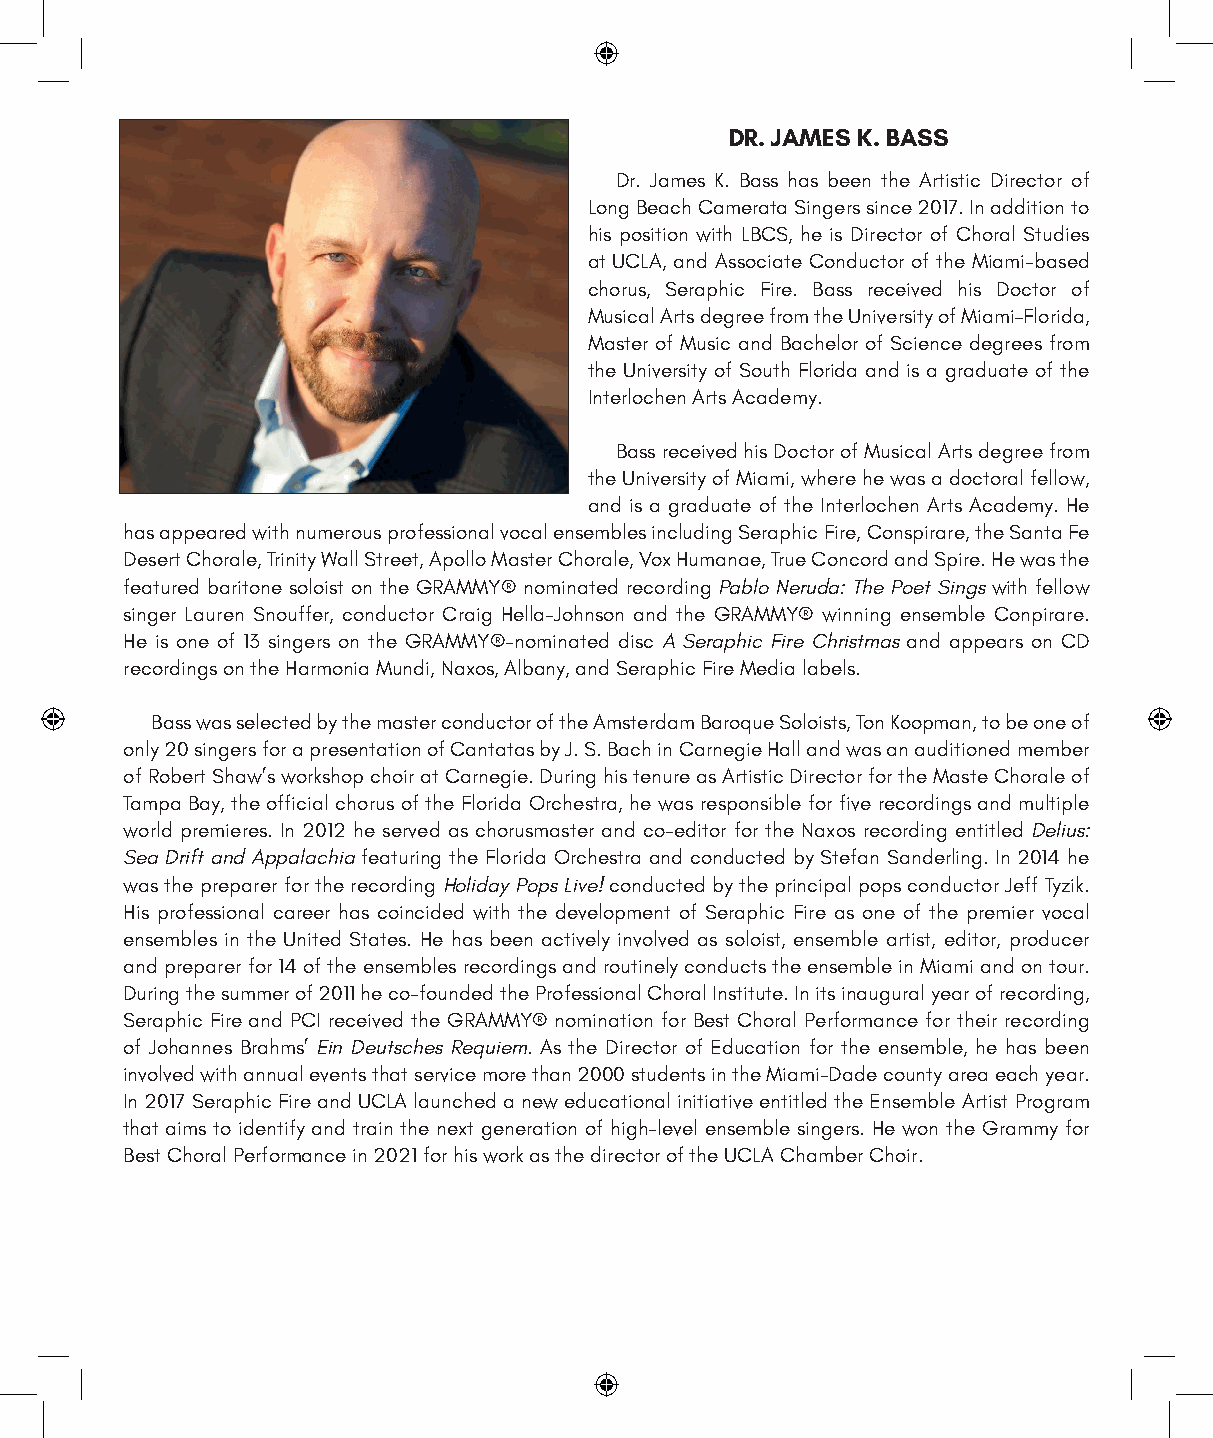
DR. JAMES K. BASS
 Dr. James K. Bass has been the Artistic Director of
 Long Beach Camerata Singers since 2017. In addition to
 his position with LBCS, he is Director of Choral Studies
 at UCLA, and Associate Conductor of the Miami-based
 chorus, Seraphic Fire. Bass received his Doctor of
 Musical Arts degree from the University of Miami–Florida,
 Master of Music and Bachelor of Science degrees from
 the University of South Florida and is a graduate of the
 Interlochen Arts Academy.
 Bass received his Doctor of Musical Arts degree from
 the University of Miami, where he was a doctoral fellow,
 and is a graduate of the Interlochen Arts Academy. He
 has appeared with numerous professional vocal ensembles including Seraphic Fire, Conspirare, the Santa Fe
 Desert Chorale, Trinity Wall Street, Apollo Master Chorale, Vox Humanae, True Concord and Spire. He was the
 featured baritone soloist on the GRAMMY® nominated recording Pablo Neruda: The Poet Sings with fellow
 singer Lauren Snouffer, conductor Craig Hella-Johnson and the GRAMMY® winning ensemble Conpirare.
 He is one of 13 singers on the GRAMMY®-nominated disc A Seraphic Fire Christmas and appears on CD
 recordings on the Harmonia Mundi, Naxos, Albany, and Seraphic Fire Media labels.
 Bass was selected by the master conductor of the Amsterdam Baroque Soloists, Ton Koopman, to be one of
 only 20 singers for a presentation of Cantatas by J. S. Bach in Carnegie Hall and was an auditioned member
 of Robert Shaw’s workshop choir at Carnegie. During his tenure as Artistic Director for the Maste Chorale of
 Tampa Bay, the official chorus of the Florida Orchestra, he was responsible for five recordings and multiple
 world premieres. In 2012 he served as chorusmaster and co-editor for the Naxos recording entitled Delius:
 Sea Drift and Appalachia featuring the Florida Orchestra and conducted by Stefan Sanderling. In 2014 he
 was the preparer for the recording Holiday Pops Live! conducted by the principal pops conductor Jeff Tyzik.
 His professional career has coincided with the development of Seraphic Fire as one of the premier vocal
 ensembles in the United States. He has been actively involved as soloist, ensemble artist, editor, producer
 and preparer for 14 of the ensembles recordings and routinely conducts the ensemble in Miami and on tour.
 During the summer of 2011 he co-founded the Professional Choral Institute. In its inaugural year of recording,
 Seraphic Fire and PCI received the GRAMMY® nomination for Best Choral Performance for their recording
 of Johannes Brahms’ Ein Deutsches Requiem. As the Director of Education for the ensemble, he has been
 involved with annual events that service more than 2000 students in the Miami-Dade county area each year.
 In 2017 Seraphic Fire and UCLA launched a new educational initiative entitled the Ensemble Artist Program
 that aims to identify and train the next generation of high-level ensemble singers. He won the Grammy for
 Best Choral Performance in 2021 for his work as the director of the UCLA Chamber Choir.